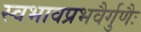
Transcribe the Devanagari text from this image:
स्वभावप्रभवैर्गुणैः